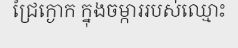
ជ្រៃក្ងោក ក្នុងចម្ការរបស់ឈ្មោះ